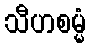
သီဟစမ္မံ